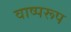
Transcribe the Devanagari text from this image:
वाष्परूप